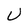
Character: U